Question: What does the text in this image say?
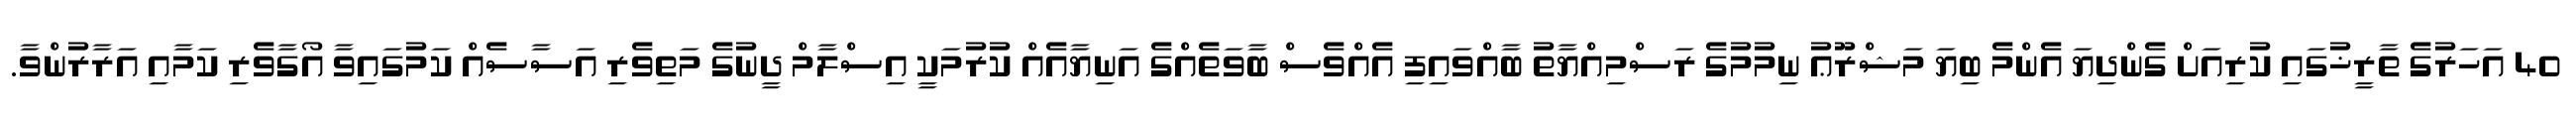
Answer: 40 އަހަރުގެ ތާރީޚުގައި ކުރިއަށް ގެންދިޔަ އެންމެ ބިޔަ މަޝްރޫޢު ނިމުމުގެ ރަސްމިއްޔާތު ބާއްވައިފި އެއްވެސް ބާވަތެއްގެ އަނިޔާއެއް ކުރުމަކީ އިސްލާމް ދީނުގެ މަތިވެރި އަސާސެއް ކަމުގައިވާ އޯގާވެރި ކަމާއި އަރާރުންވާ.